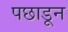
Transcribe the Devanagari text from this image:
पछाडून